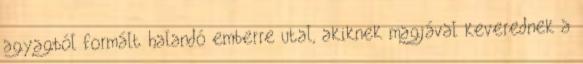
agyagból formált halandó emberre utal, akiknek magjával keverednek a